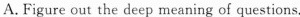
A.Figure out the deep meaning of questions.